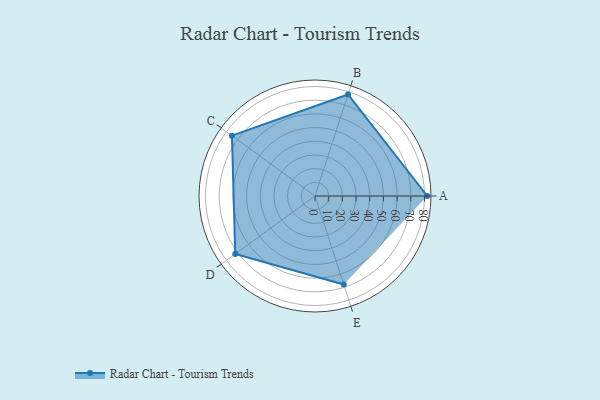
{"axis": {"x": "Skill", "y": "Score"}, "legend": ["Profile"], "data": [{"x": "A", "y": 82.0, "type": "Profile"}, {"x": "B", "y": 78.0, "type": "Profile"}, {"x": "C", "y": 75.0, "type": "Profile"}, {"x": "D", "y": 72.0, "type": "Profile"}, {"x": "E", "y": 68.0, "type": "Profile"}]}